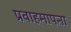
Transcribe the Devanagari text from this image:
प्रवाहमापना